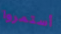
أستمروا